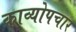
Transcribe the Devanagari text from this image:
काव्योपचार